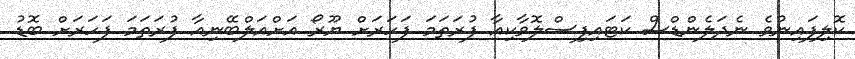
ކޮލިފައިނުވެ ނެދަލެންޑްސް ކަޓައިފިސްލޮވާކިއާ ފުރަތަމަ ފަހަރަށް ޔޫރޯ އަށްއަލްބޭނިއާ ފުރަތަމަ ފަހަރަށް ބޮޑު